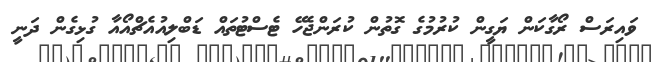
ވައިރަސް ރޯގާކަން ޔަގީން ކުރުމުގެ ގޮތުން ކުރަންޖެހޭ ޓެސްޓުތައް ޑަބްލިއުއެޗްއޯއާ ގުޅިގެން ދަނީ